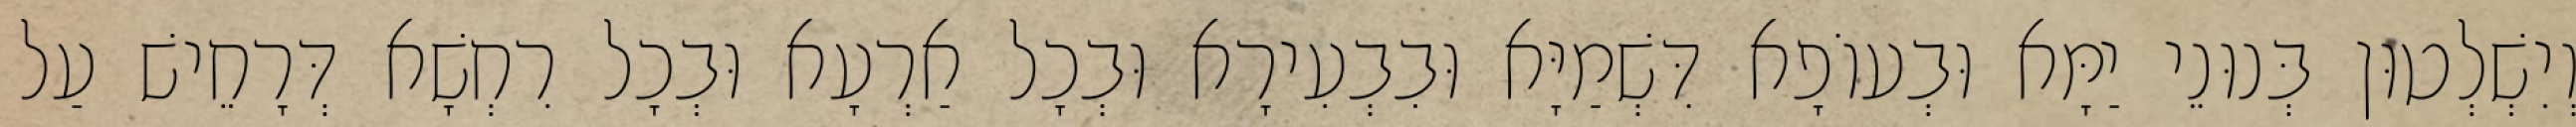
וְיִשְׁלְטוּן בְּנוּנֵי יַמָּא וּבְעוֹפָא דִּשְׁמַיָּא וּבִבְעִירָא וּבְכָל אַרְעָא וּבְכָל רִחְשָׁא דְּרָחֵישׁ עַל